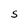
Character: s